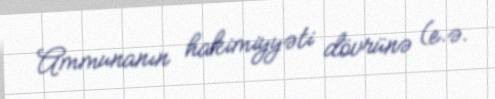
Ammunanın hakimiyyəti dövrünə (e.ə.